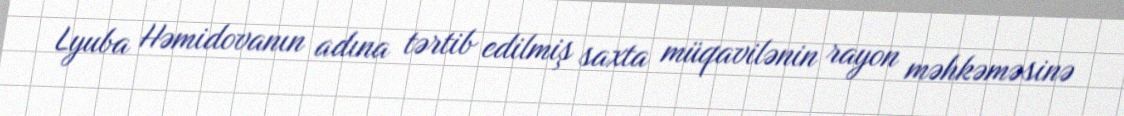
Lyuba Həmidovanın adına tərtib edilmiş saxta müqavilənin rayon məhkəməsinə